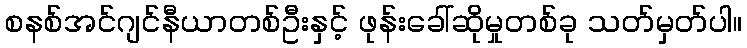
စနစ်အင်ဂျင်နီယာတစ်ဦးနှင့် ဖုန်းခေါ်ဆိုမှုတစ်ခု သတ်မှတ်ပါ။